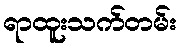
ရာထူးသက်တမ်း